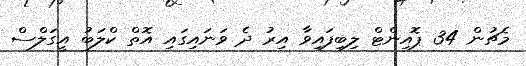
މެޗުން 34 ޕޮއިންޓް ލިބިފައިވާ އިރު ދެ ވަނައިގައި އޮތް ކްލަބު އީގަލްސް